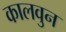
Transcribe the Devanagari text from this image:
कालवुन